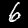
Label: 6